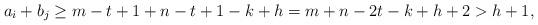
LaTeX: \begin{align*}a_i+b_j\geq m-t+1+n-t+1-k+h=m+n-2t-k+h+2> h+1,\end{align*}